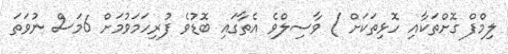
ލިމްފް ގޮށްތަކާއި ހޮޅިތަކަށް ) ވާސިލްވެ އެތާގައި ބޮޑުވެ ފުރިހަމަވުމަށް 6މަސް ނުވަތަ